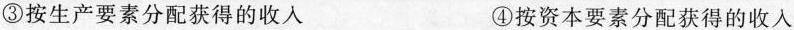
③按生产要素分配获得的收入 ④按资本要素分配获得的收入